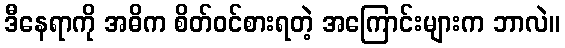
ဒီနေရာကို အဓိက စိတ်ဝင်စားရတဲ့ အကြောင်းများက ဘာလဲ။